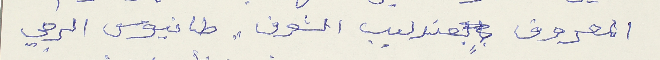
المعروف بعندليب الشوف" طانيوس الرجي